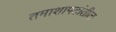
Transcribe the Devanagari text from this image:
तमाशापटांतील